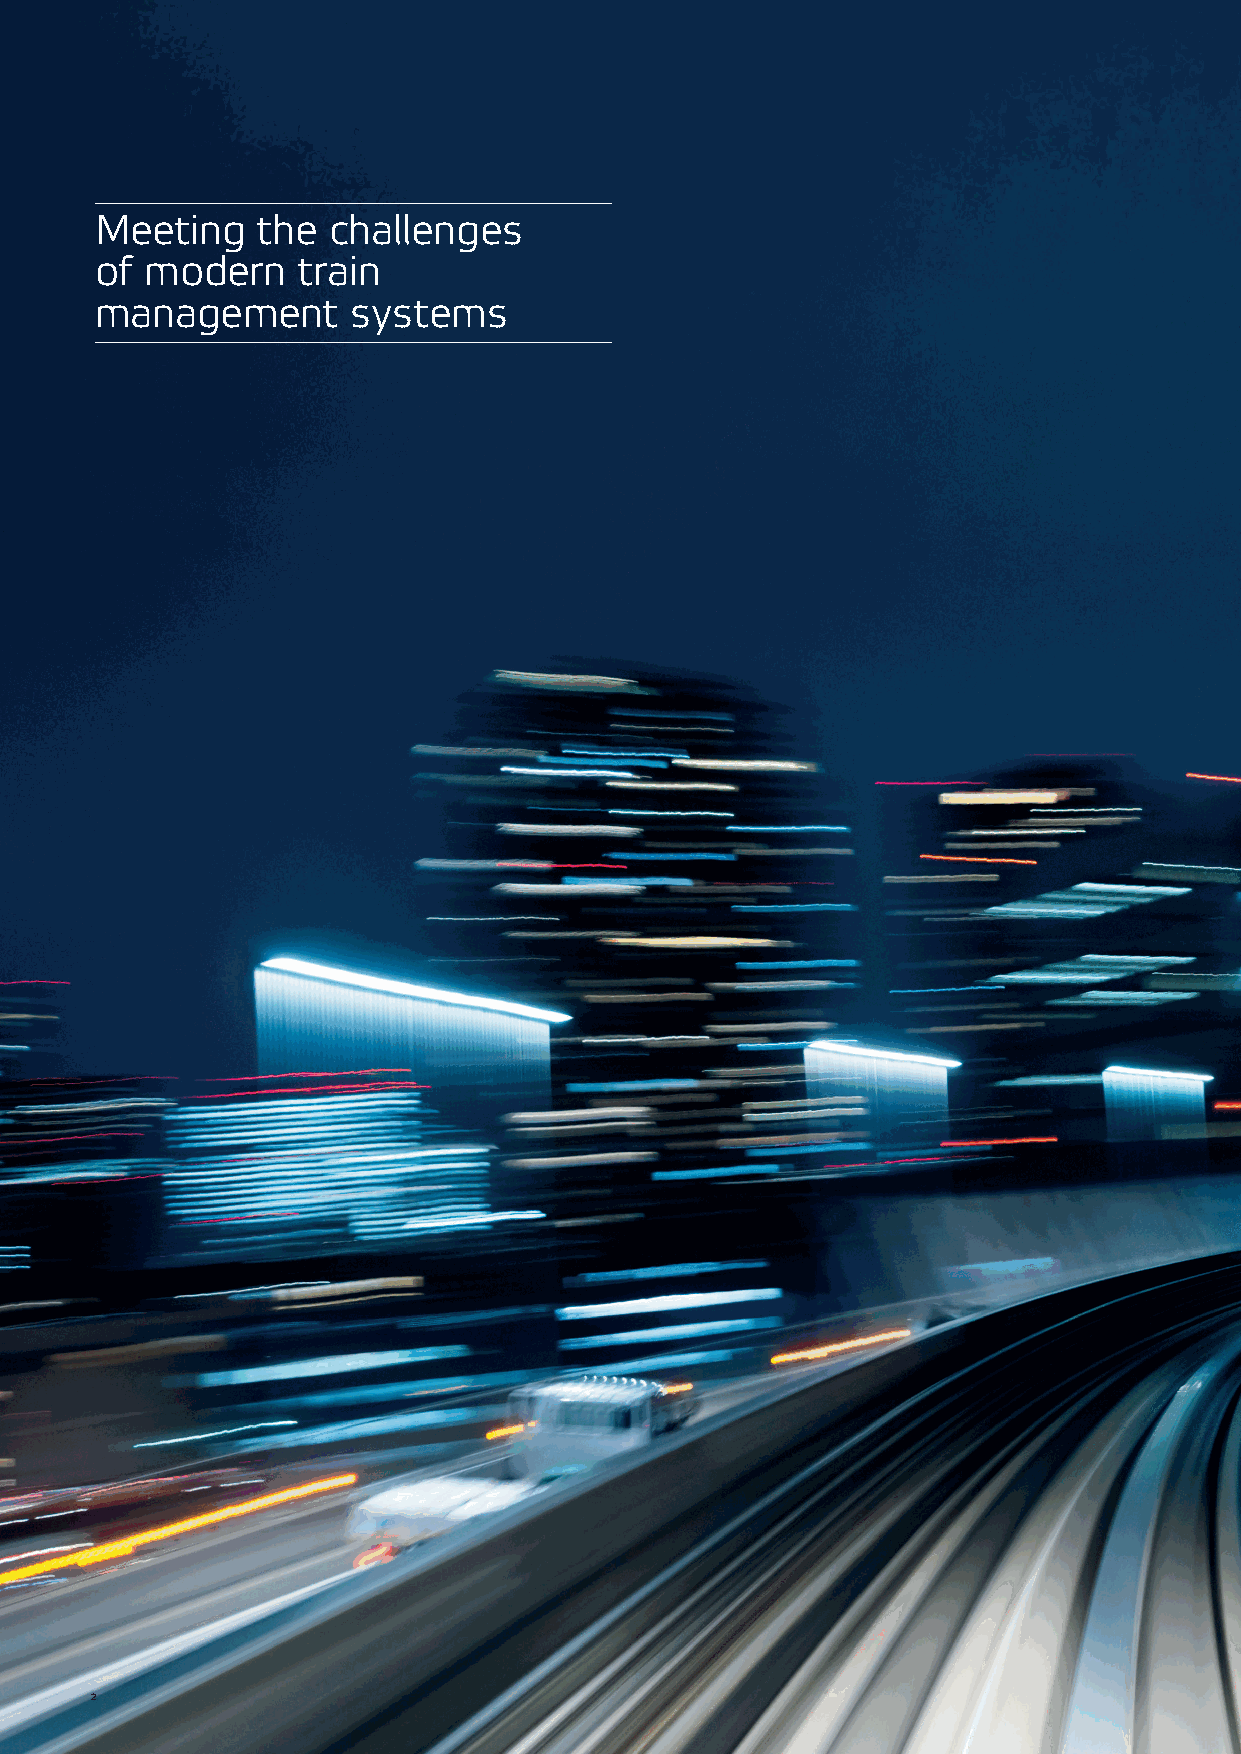
Meeting    the  challenges
 of  modern    train
 management       systems
 2